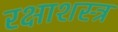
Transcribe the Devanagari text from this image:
रक्षाशस्त्र